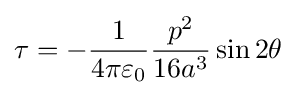
\tau =-{\frac {1}{4\pi \varepsilon _{0}}}{\frac {p^{2}}{16a^{3}}}\sin 2\theta